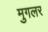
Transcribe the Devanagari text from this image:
मुगलर